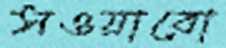
সওয়াবো